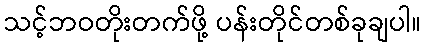
သင့်ဘဝတိုးတက်ဖို့ ပန်းတိုင်တစ်ခုချပါ။